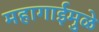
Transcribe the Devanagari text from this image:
महागाईमुळे